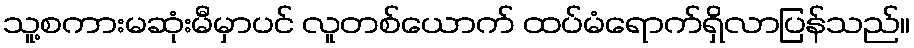
သူ့စကားမဆုံးမီမှာပင် လူတစ်ယောက် ထပ်မံရောက်ရှိလာပြန်သည်။